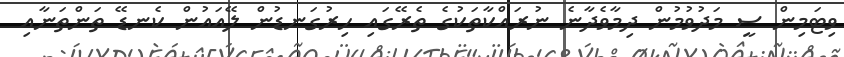
ވިޓަމިން ސީ މަދުވުމުން ދިމާވެދާނެ ނުރައްކާތަކުގެ ތެރޭގައި ހިރުގަނޑުން ލޭއައުން ކެނޑޭ ތަންތަނާއި